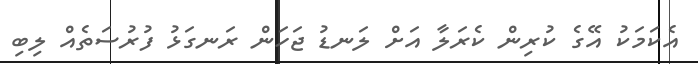
އެކަމަކު އޭގެ ކުރިން ކެރަލާ އަށް ލަނޑު ޖަހަން ރަނގަޅު ފުރުސަތެއް ލިބި